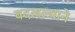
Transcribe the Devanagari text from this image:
बदलल्याने